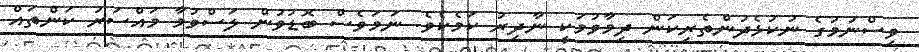
ވިސްނުމުގެ ނުކުޅެދުންތެރިކަން ދިމާވުމަކީ ނާދިރު ކަމެކެވެ. ނަމަވެސް ބޮޑުވުން ލަސްވުމާ މައްސަރު ކަންތައް